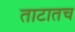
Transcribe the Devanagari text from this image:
ताटातच